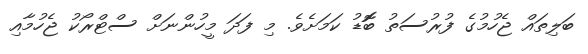
ބަލިތައް ޖެހުމުގެ ފުރުސަތު ބޮޮޑު ކަމަށެވެ. މި ފަދަ މީހުންނަށް ސްޓްރޯކު ޖެހުމާއި